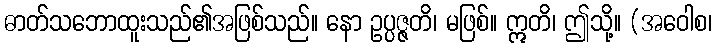
ဓာတ်သဘောထူးသည်၏အဖြစ်သည်။ နော ဥပ္ပဇ္ဇတိ၊ မဖြစ်။ ဣတိ၊ ဤသို့။ (အဝေါစ၊